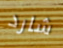
شارد